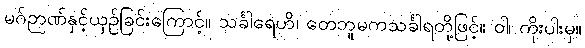
မဂ်ဉာဏ်နှင့်ယှဉ်ခြင်းကြောင့်။ သင်္ခါရေဟိ၊ တေဘူမကသင်္ခါရတို့ဖြင့်။ ဝါ၊ ကိုးပါးမှ။